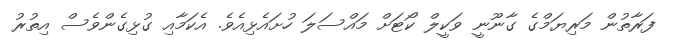
ފަރާތުން މަރިޔަމްގެ ގާނޫނީ ވަކީލް ކޯޓަށް މައްސަލަ ހުށައެޅިއެވެ. އެކަމާއި ގުޅިގެންވެސް އިތުރު